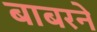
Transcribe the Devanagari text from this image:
बाबरने